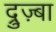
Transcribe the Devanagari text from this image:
द्रुज़्बा